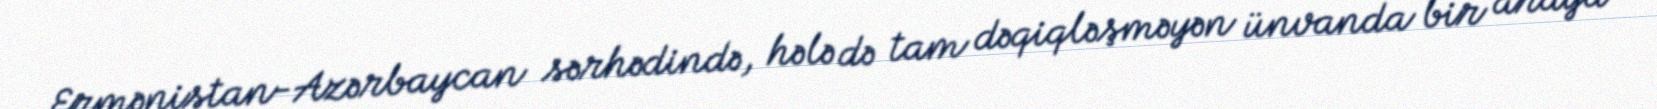
Ermənistan-Azərbaycan sərhədində, hələ də tam dəqiqləşməyən ünvanda bir araya